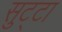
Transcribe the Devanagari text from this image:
सुट्टा